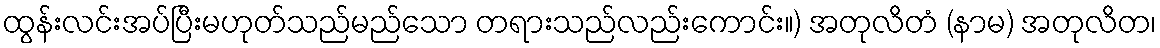
ထွန်းလင်းအပ်ပြီးမဟုတ်သည်မည်သော တရားသည်လည်းကောင်း။) အတုလိတံ (နာမ) အတုလိတ၊